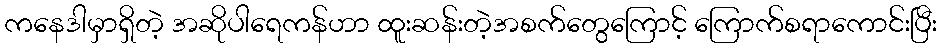
ကနေဒါမှာရှိတဲ့ အဆိုပါရေကန်ဟာ ထူးဆန်းတဲ့အစက်တွေကြောင့် ကြောက်စရာကောင်းပြီး